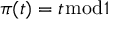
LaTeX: \pi ( t ) = t { \bmod { 1 } }